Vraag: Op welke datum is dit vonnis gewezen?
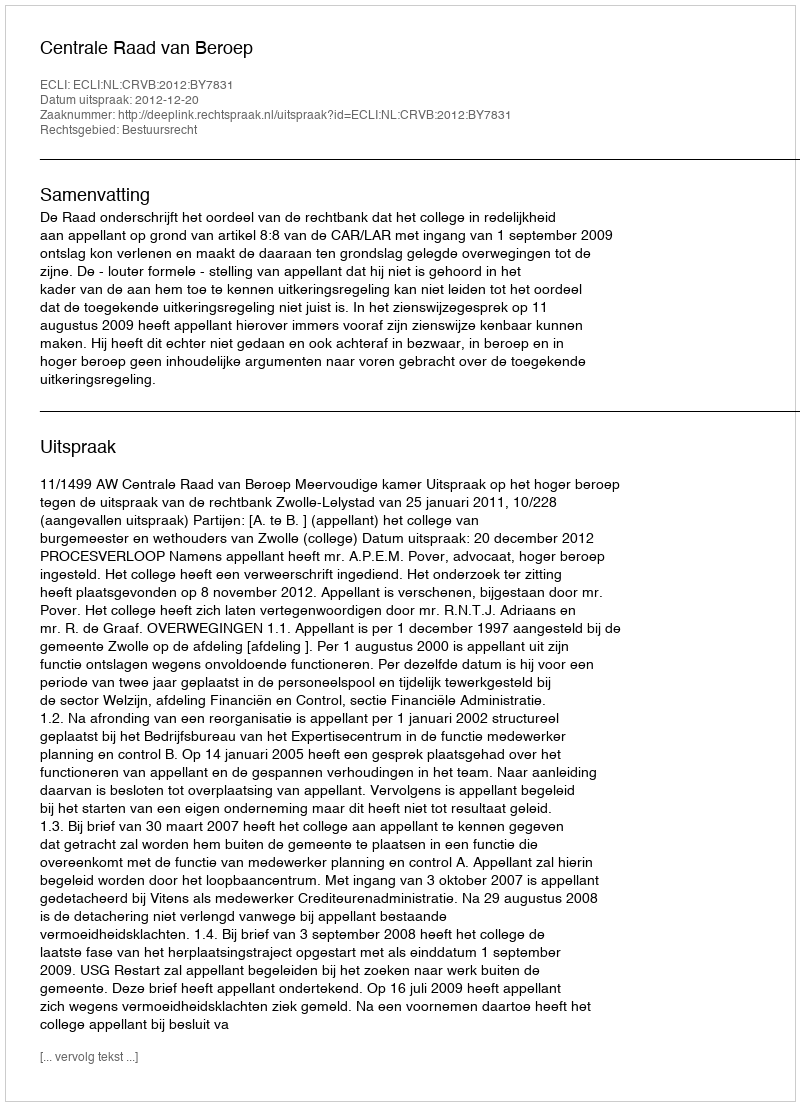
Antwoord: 2012-12-20